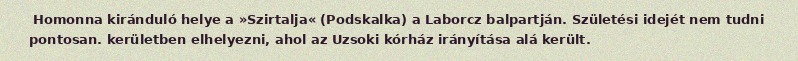
Homonna kiránduló helye a »Szirtalja« (Podskalka) a Laborcz balpartján. Születési idejét nem tudni pontosan. kerületben elhelyezni, ahol az Uzsoki kórház irányítása alá került.